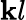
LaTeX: \mathbf{k}l